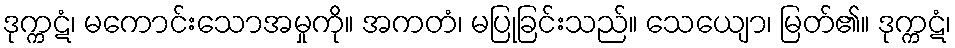
ဒုက္ကဋံ၊ မကောင်းသောအမှုကို။ အကတံ၊ မပြုခြင်းသည်။ သေယျော၊ မြတ်၏။ ဒုက္ကဋံ၊